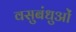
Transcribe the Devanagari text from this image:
वसुबंधुओं